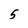
Character: 5